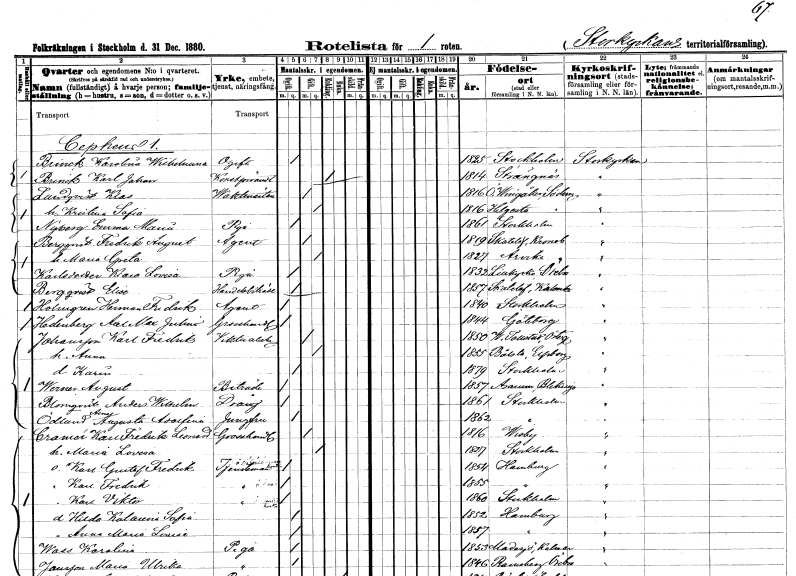
gt_parse: households: individuals: FN: Karolina Wilhelmina
EN: Brinck
KON: K
CIV: O
FODAR: 1825
FODFORS: Stockholm
FN: Karl Johan
EN: Brink
YRKE: Konstförvandt
KON: M
CIV: E
FODAR: 1814
FODFORS: Strängnäs Södermanlands län
FN: Klas
EN: Lundqvist
YRKE: Vaktmästare
KON: M
CIV: G
FODAR: 1816
FODFORS: Östra Vingåker Södermanlands län
FN: Kristina Sofia
KON: K
CIV: G
FODAR: 1816
FODFORS: Helgesta Södermanlands län
FN: Emma Maria
EN: Nyberg
YRKE: Piga
KON: K
CIV: O
FODAR: 1861
FODFORS: Stockholm
FN: Fredrik August
EN: Bergqvist
YRKE: Agent
KON: M
CIV: G
FODAR: 1819
FODFORS: Skatelöv Kronobergs län
FN: Maria Greta
KON: K
CIV: G
FODAR: 1827
FODFORS: Arvika Värmlands län
FN: Klara Lovisa
EN: Karlsdotter
YRKE: Piga
KON: K
CIV: O
FODAR: 1832
FODFORS: Lillkyrka Örebro län
FN: Elise
EN: Bergqvist
YRKE: Handelsbiträde
KON: K
CIV: O
FODAR: 1857
FODFORS: Skatelöv Kronobergs län
FN: Herman Fredrik
EN: Holmgren
YRKE: Agent
KON: M
CIV: O
FODAR: 1840
FODFORS: Stockholm
FN: Axel Max Julius
EN: Hedenberg
YRKE: Grosshandlare
KON: M
CIV: O
FODAR: 1844
FODFORS: Göteborg Göteborgs- och Bohuslän
FN: Karl Fredrik
EN: Johansson
YRKE: Viktualiehandlare
KON: M
CIV: G
FODAR: 1850
FODFORS: Västra Tollstad Östergötlands län
FN: Anna
KON: K
CIV: G
FODAR: 1855
FODFORS: Bolstad Älvsborgs län
FN: Karin
KON: K
CIV: O
FODAR: 1879
FODFORS: Stockholm
FN: August
EN: Werner
YRKE: Biträde
KON: M
CIV: O
FODAR: 1857
FODFORS: Asarum Blekinge län
FN: Anders Wilhelm
EN: Blomqvist
YRKE: Dräng
KON: M
CIV: O
FODAR: 1861
FODFORS: Stockholm
FN: Alma Augusta Adolfina
EN: Ödlund
YRKE: Jungfru
KON: K
CIV: O
FODAR: 1862
FODFORS: Stockholm
FN: Karl Fredrik Leonard
EN: Cransér
YRKE: Grosshandlare
KON: M
CIV: G
FODAR: 1816
FODFORS: Visby Gotlands län
FN: Maria Lovisa
KON: K
CIV: G
FODAR: 1827
FODFORS: Stockholm
FN: Karl Gustaf Fredrik
YRKE: Tjänsteman
KON: M
CIV: O
FODAR: 1854
FN: Karl Fredrik
YRKE: Tjänsteman
KON: M
CIV: O
FODAR: 1855
FN: Karl Viktor
YRKE: Tjänsteman
KON: M
CIV: O
FODAR: 1860
FODFORS: Stockholm
FN: Hilda Katarina Sofia
KON: K
CIV: O
FODAR: 1852